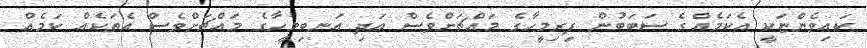
ކައިވެންޏަކީ އެކަމެއްގެ ސަބަބުން ފިރިމީހާގެ މައްޗަށްވެސް އަދި އަނބިމީހާގެ މައްޗަށްވެސް އެތަކެއް ކަމެއް